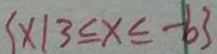
\{ x \vert 3 \leq x \leq - b \}